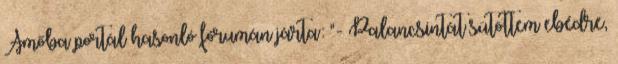
Amőba portál hasonló fórumán járta: "- Palancsintát sütöttem ebédre,